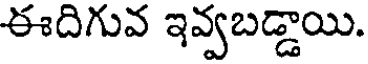
ఈదిగువ ఇవ్వబడ్డాయి.